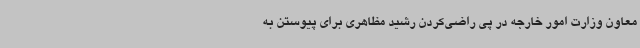
معاون وزارت امور خارجه در پی راضی‌کردن رشید مظاهری برای پیوستن به